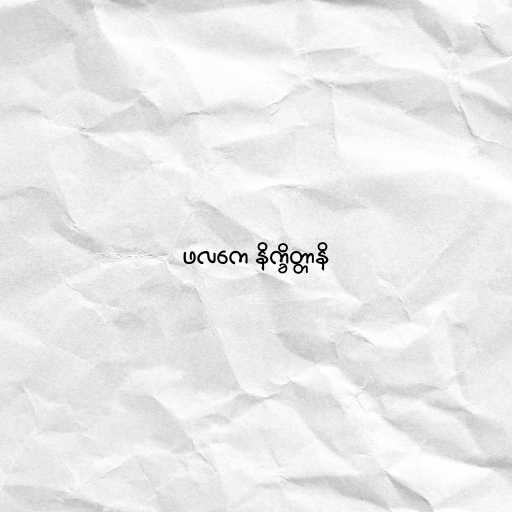
ဖလကေ နိက္ခိတ္တာနိ